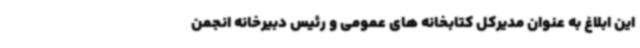
این ابلاغ به عنوان مدیرکل کتابخانه های عمومی و رئیس دبیرخانه انجمن